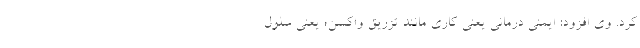
کرد. وی افزود: ایمنی درمانی یعنی کاری مانند تزریق واکسن؛ یعنی سلول